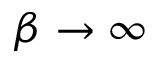
\beta \rightarrow \infty